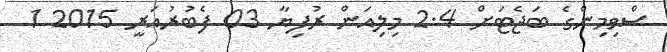
ސްވިމިންގެ ބަޖެޓަށް 2.4 މިލިއަން ރުފިޔާ 03 ފެބުރުއަރީ 2015 1